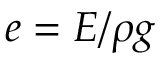
e = E / \rho g